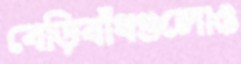
বেড়িবাঁধগুলোও